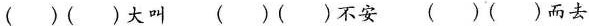
（ ）（ ）大叫 （ ）（ ）不安 （ ）（ ）而去